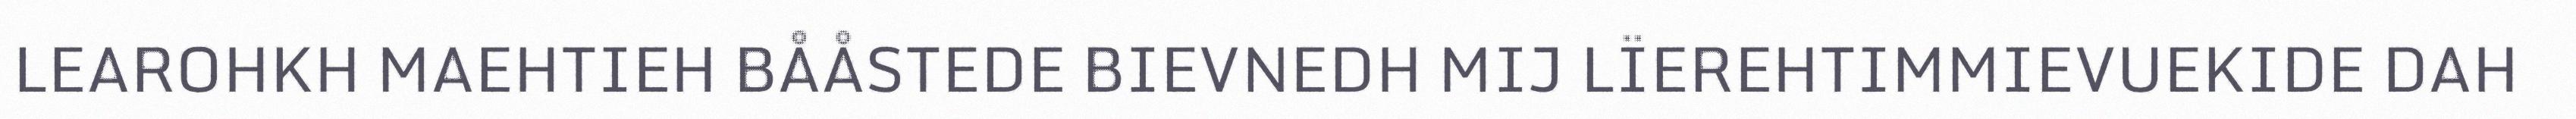
LEAROHKH MAEHTIEH BÅÅSTEDE BIEVNEDH MIJ LÏEREHTIMMIEVUEKIDE DAH